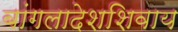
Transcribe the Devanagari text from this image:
बांगलादेशशिवाय